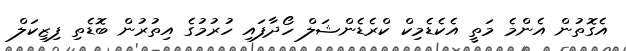
އެގޮތުން އެންމެ މަތީ އެކެޑެމިކް ކްރެޑެންޝަލް ހޯދާފައި ހުރުމުގެ އިތުރުން ބޮޑެތި ފިޒިކަލް